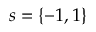
s = \{ - 1 , 1 \}